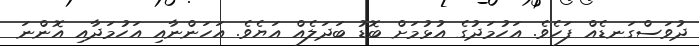
ދުވަސްގަނޑެއް ފަހެވެ. އަހުމަދުގެ އުޅުމަށް ބޮޑު ބަދަލެއް އަޔެވެ. އަހަންނާއި އަހުމަދާއި އޮންނަ